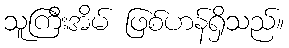
သူကြီးအိမ် ဖြစ်ဟန်ရှိသည်။